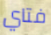
فتاي